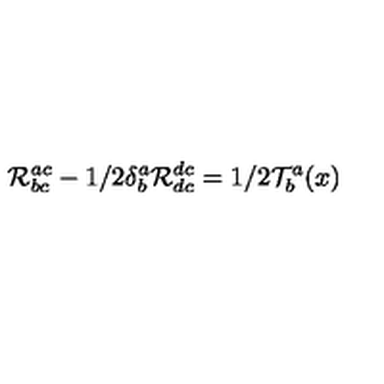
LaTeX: { \cal R } _ { b c } ^ { a c } - 1 / 2 \delta _ { b } ^ { a } { \cal R } _ { d c } ^ { d c } = 1 / 2 { \cal T } _ { b } ^ { a } ( x )